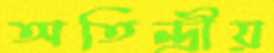
অতিন্দ্রীয়